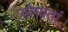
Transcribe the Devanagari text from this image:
योग्यतां